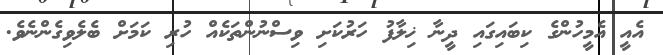
އެއީ އެމީހުންގެ ކިބައިގައި ދީނާ ޚިލާފު ހަރުކަށި ވިސްނުންތަކެއް ހުރި ކަމަށް ބެލެވިގެންނެވެ.